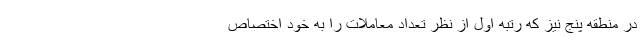
در منطقه پنج نیز که رتبه اول از نظر تعداد معاملات را به خود اختصاص